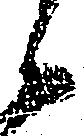
候